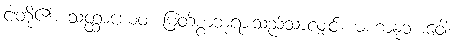
ငါတို့၏။ သတ္ထာယေဝ၊ မြတ်စွာဘုရားသည်သာလျှင်။ မဟာနုဘာဝေါ၊